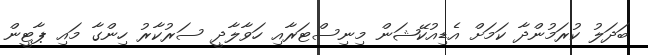
ބަދަލު ކުރަމުންދާ ކަމަށް އެޑިއުކޭޝަން މިނިސްޓަރާއި ހަވާލާދީ ސަރުކާރު ހިންގާ މައި ޕާޓީން